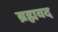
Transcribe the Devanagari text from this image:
ब्रह्मवद